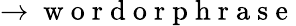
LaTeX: \rightarrow\mathrm{~w~o~r~d~o~r~p~h~r~a~s~e~}